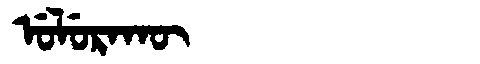
Manchu: ᡠᠯᡠᡵᠠᡴᡡ
Romanization: ULURAKŪ